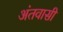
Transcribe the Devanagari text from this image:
अंतवासी